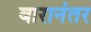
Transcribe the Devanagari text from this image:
बारानंतर